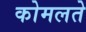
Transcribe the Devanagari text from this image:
कोमलते